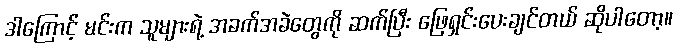
ဒါကြောင့် မင်းက သူများရဲ့ အခက်အခဲတွေကို ဆက်ပြီး ဖြေရှင်းပေးချင်တယ် ဆိုပါတော့။